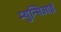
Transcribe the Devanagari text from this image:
म्युन्सिआई